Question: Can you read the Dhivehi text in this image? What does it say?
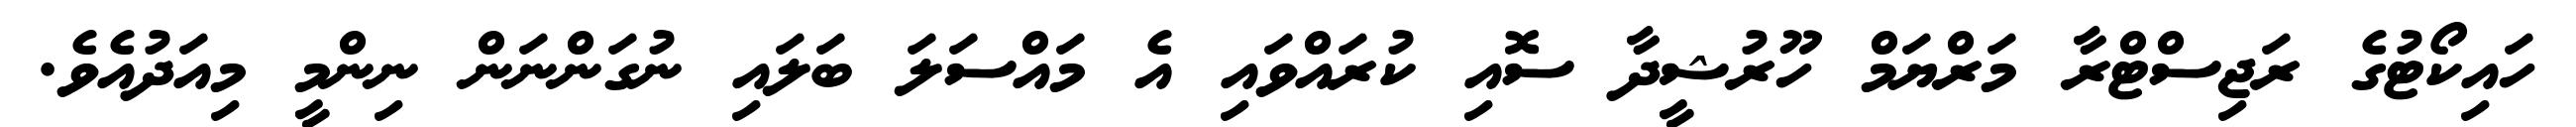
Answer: ހައިކޯޓުގެ ރަޖިސްޓްރާ މަރްޔަމް ހޫރުޝީދާ ސޮއި ކުރައްވައި އެ މައްސަލަ ބަލައި ނުގަންނަން ނިންމީ މިއަދުއެވެ.